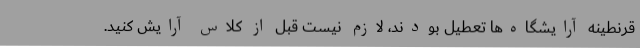
قرنطینه آرایشگاه‌ها تعطیل بودند، لازم نیست قبل از کلاس آرایش کنید.